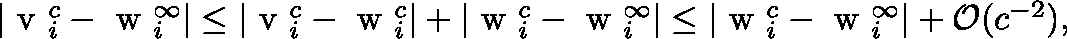
\begin{array} { r } { | \mathrm { \boldmath ~ v ~ } _ { i } ^ { c } - \mathrm { \boldmath ~ w ~ } _ { i } ^ { \infty } | \leq | \mathrm { \boldmath ~ v ~ } _ { i } ^ { c } - \mathrm { \boldmath ~ w ~ } _ { i } ^ { c } | + | \mathrm { \boldmath ~ w ~ } _ { i } ^ { c } - \mathrm { \boldmath ~ w ~ } _ { i } ^ { \infty } | \leq | \mathrm { \boldmath ~ w ~ } _ { i } ^ { c } - \mathrm { \boldmath ~ w ~ } _ { i } ^ { \infty } | + \mathcal { O } ( c ^ { - 2 } ) , } \end{array}